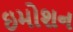
ઇમોશન